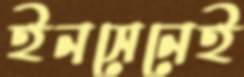
ইনসেনেই